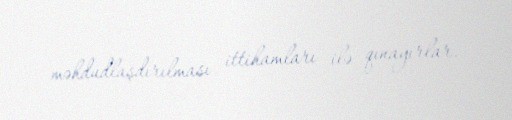
məhdudlaşdırılması ittihamları ilə qınayırlar.